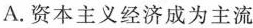
A.资本主义经济成为主流